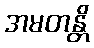
အမတန္တိ